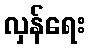
လှန်ရေး